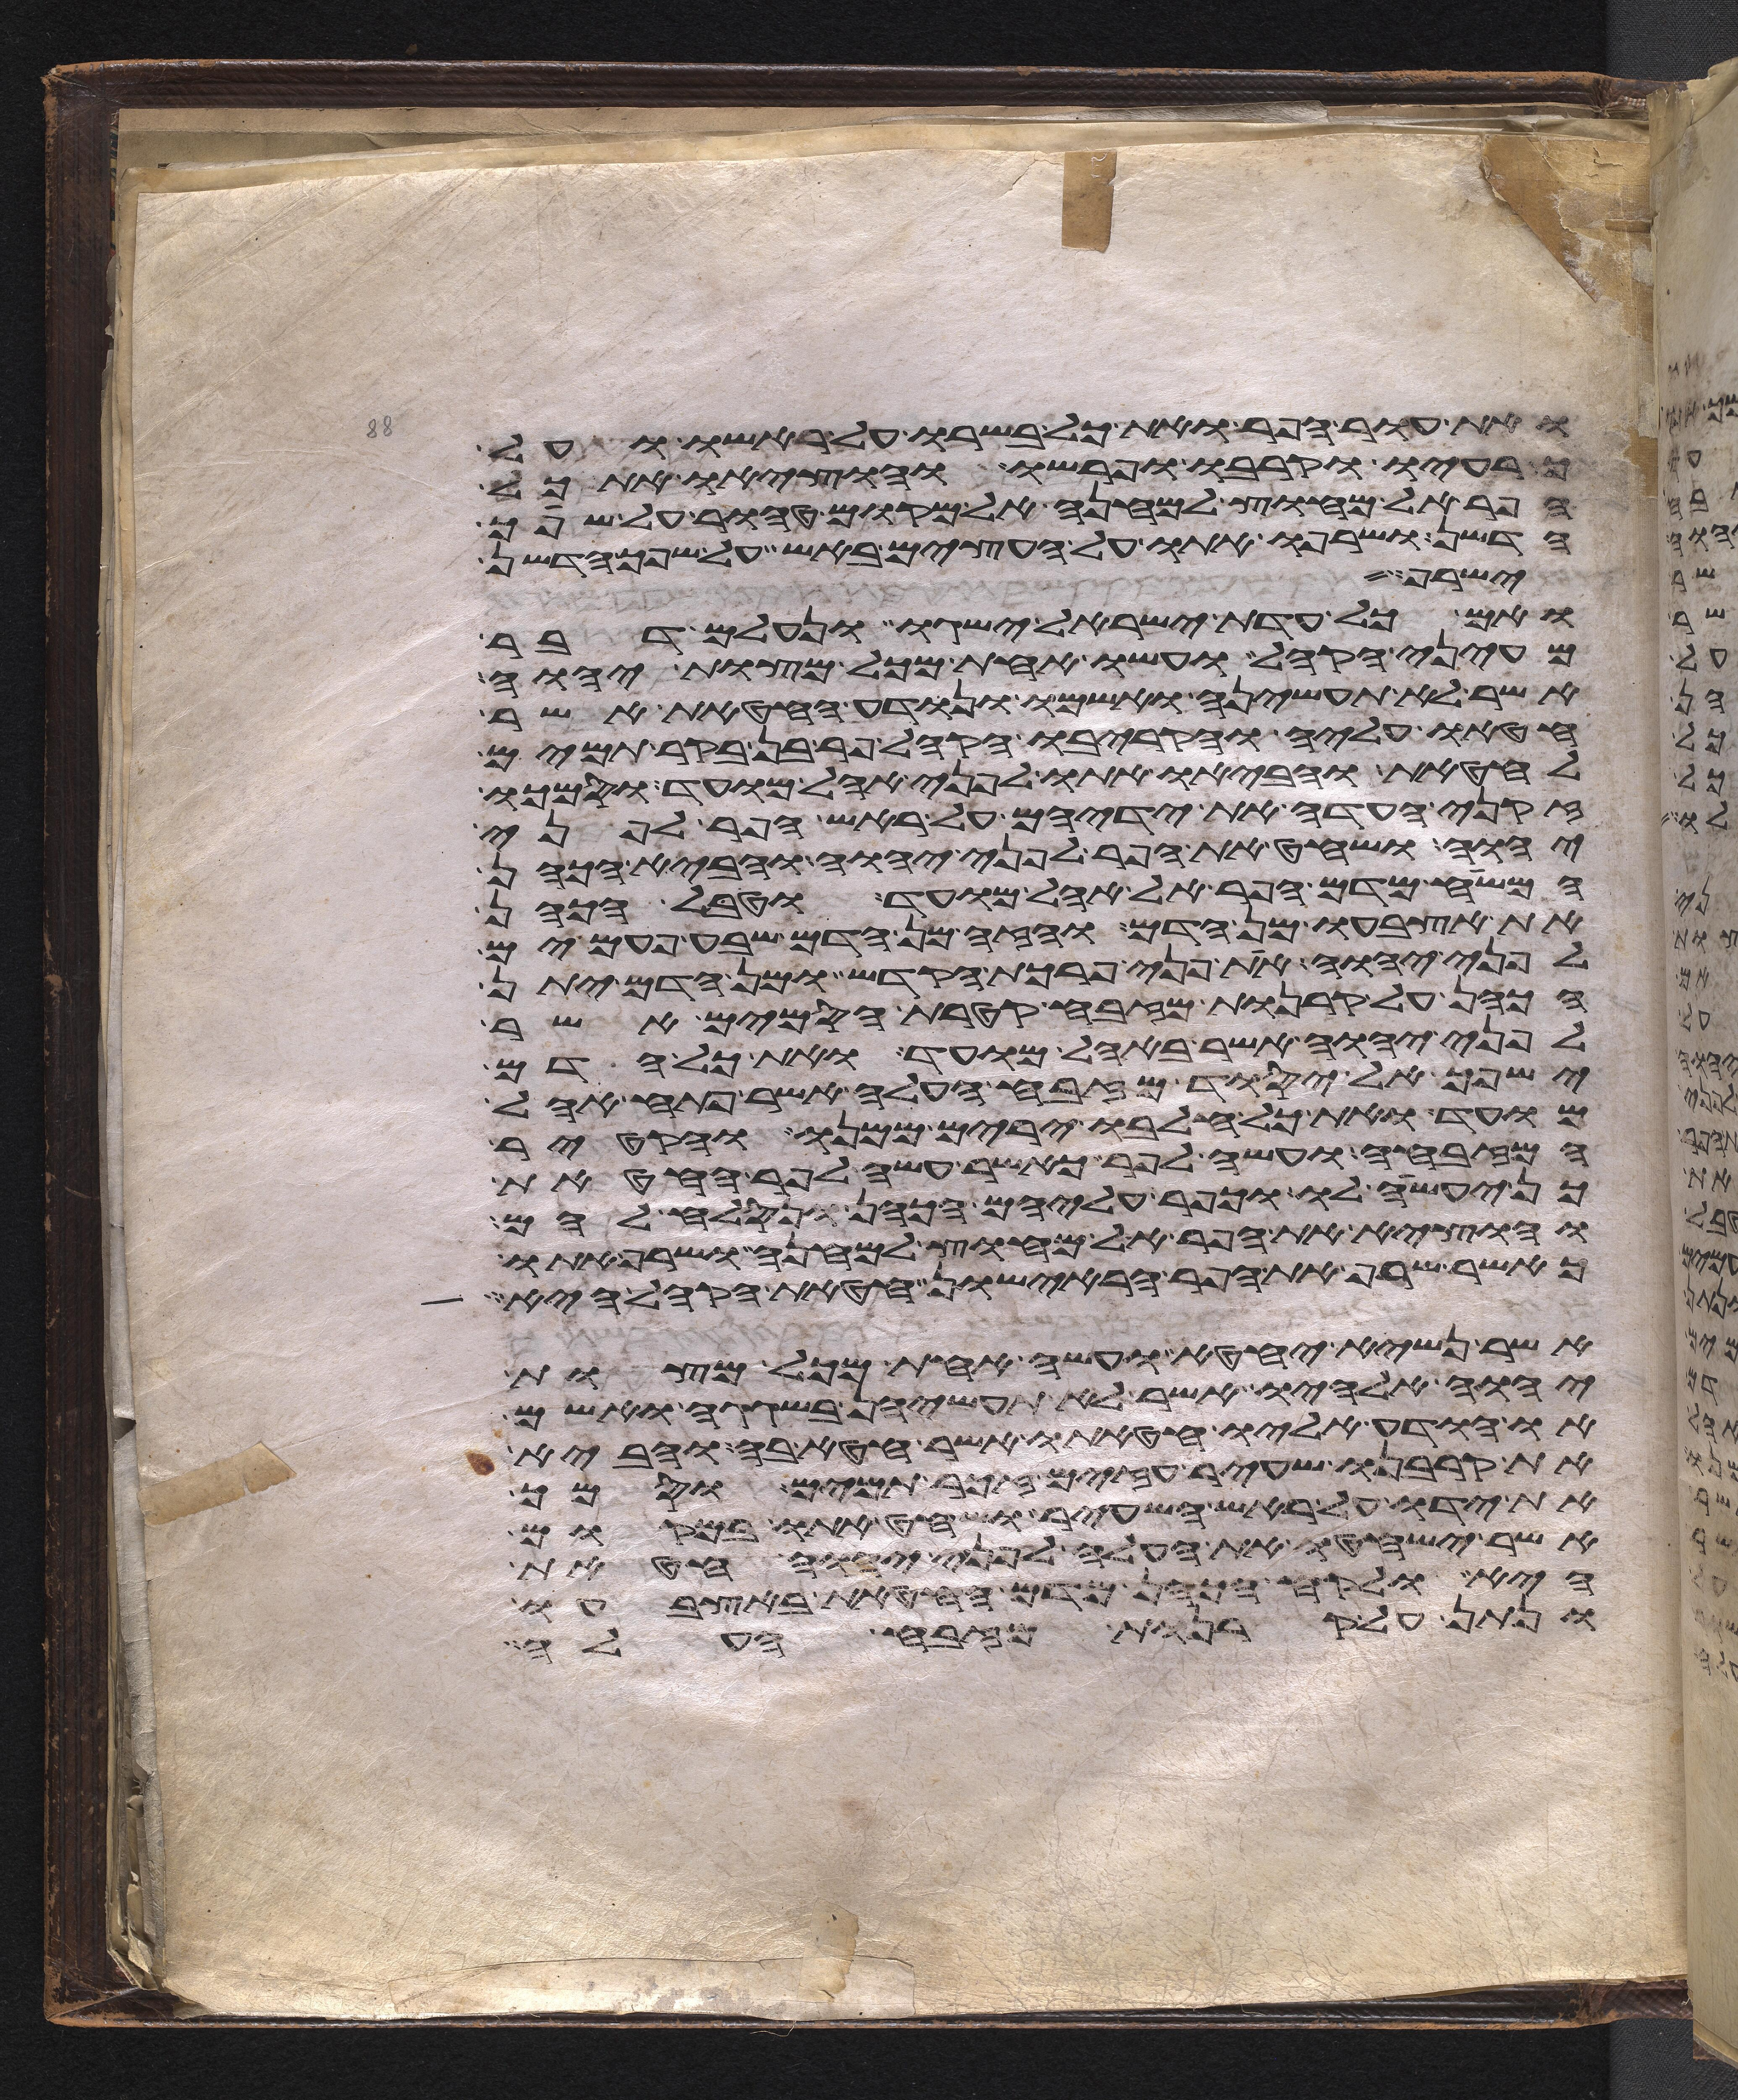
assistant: ואת עור הפר ואת כל בשרו על ראשו ועל
כרעיו וקרבו ופרשו והוציאו את כל
הפר אל מחוץ למחנה אל מקום טהור על שפך
הדשן ושרפו אתו על העצים באש על שפך הדשן
ישרף
ואם כל עדת ישראל ישגו ונעלם דבר
מעיני הקהל ועשו אחת מכל מצות יהוה
אשר לא תעשיהן ואשמו ונודע החטאת אשר
חטאו עליה והקריבו הקהל פר בן בקר תמים
לחטאת והביאו אתו לפני אהל מועד וסמכו
זקני העדה את ידיהם על ראש הפר לפני
יהוה ושחט את הפר לפני יהוה והביא הכהן
המשיח מדם הפר אל אהל מועד וטבל הכהן
את אצבעו מן הדם והזה מן הדם שבע פעמים
לפני יהוה את פני פרכת הקדש ומן הדם יתן
הכהן על קרנות המזבח קטרת הסמים אשר
לפני יהוה אשר באהל מועד ואת כל הדם
ישפך אל יסוד מזבח העלה אשר פתח אהל
מועד ואת כל חלבו ירים ממנו והקטיר
המזבחה ועשה לפר כאשר עשה לפר החטאת
כן יעשה לו וכפר עליהם הכהן ונסלח להם
והוציא את הפר אל מחוץ למחנה ושרף אתו
כאשר שרף את הפר הראישון חטאת הקהל היא
אשר נשיא יחטא ועשה אחת מכל מצות
יהוה אלהיו אשר לא תעשיהן בשגגה ואשם
או הודע אליו חטאתו אשר חטא בה והביא
את קרבנו שעיר עזים זכר תמים וסמך
את ידו על ראש השעיר ושחט אתו במקום
אשר ישחטו את העלה לפני יהוה חטאת
היא ולקח הכהן מדם החטאת באצבעו
ונתן על קרנות מזבח העלה